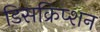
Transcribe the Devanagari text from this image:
डिसक्रिप्शन